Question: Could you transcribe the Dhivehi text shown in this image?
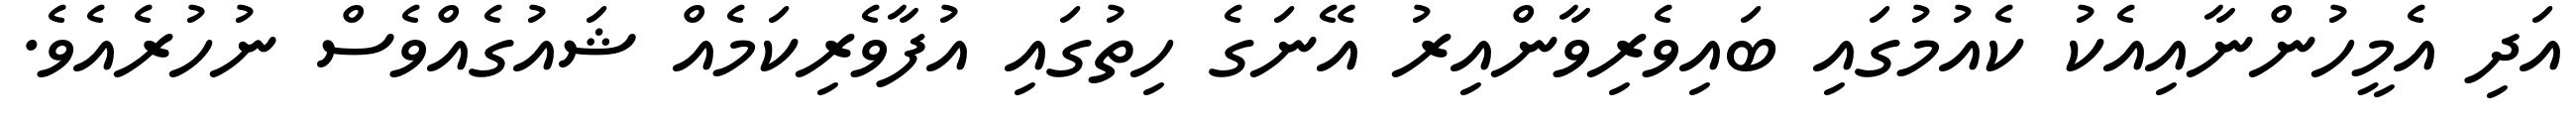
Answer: އަދި އެމީހުންނާއިއެކު ކެއުމުގައި ބައިވެރިވާންއިރު އޭނަގެ ހިތުގައި އުފާވެރިކަމެއް ޝައުގެއްވެސް ނުހުރެއެވެ.